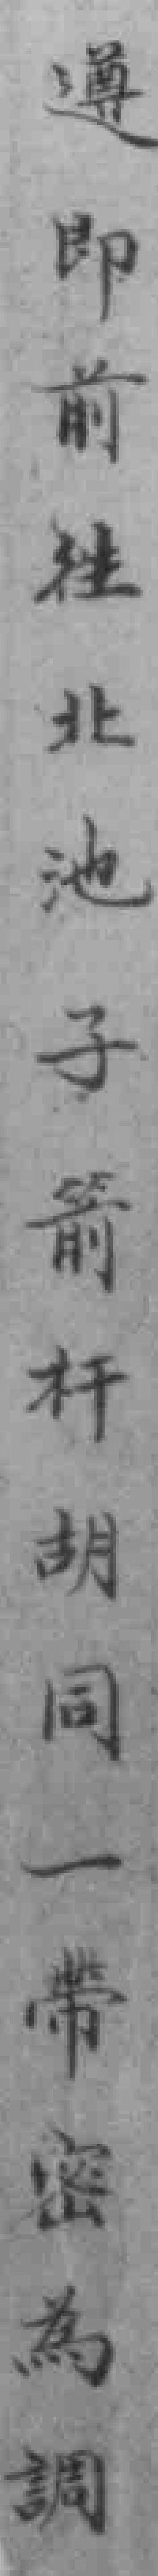
遵即前往北池子箭杆胡同一帶密為調